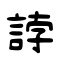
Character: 誖